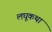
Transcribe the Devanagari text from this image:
लघूकथा